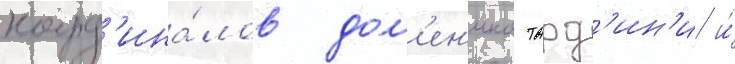
кард'ина́лов дом'ен'ико тард'ин'и и́